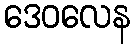
ဒေဝလေန